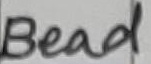
Text: Bead